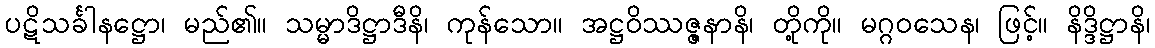
ပဋိသင်္ခါနဋ္ဌော၊ မည်၏။ သမ္မာဒိဋ္ဌာဒီနိ၊ ကုန်သော။ အဋ္ဌဝိဿဇ္ဇနာနိ၊ တို့ကို။ မဂ္ဂဝသေန၊ ဖြင့်။ နိဒ္ဒိဋ္ဌာနိ၊